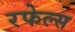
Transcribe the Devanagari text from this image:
रफेल्स